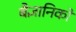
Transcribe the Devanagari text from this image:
बैज्ञानिको